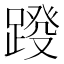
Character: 𨂩